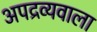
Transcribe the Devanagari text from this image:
अपद्रव्यवाला